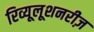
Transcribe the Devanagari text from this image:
रिव्यूलूशनरीज़